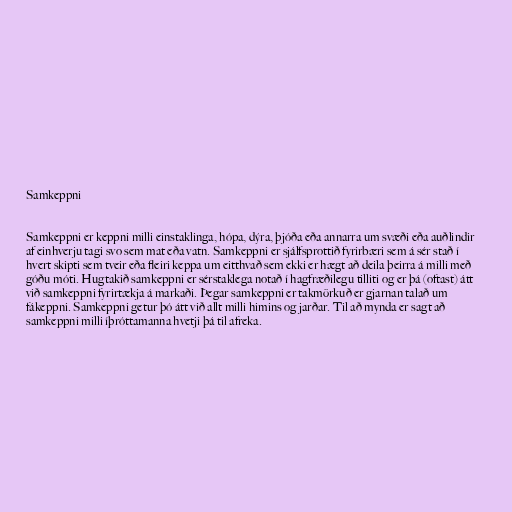
Samkeppni

Samkeppni er keppni milli einstaklinga, hópa, dýra, þjóða eða annarra um svæði eða auðlindir
af einhverju tagi svo sem mat eða vatn. Samkeppni er sjálfsprottið fyrirbæri sem á sér stað í
hvert skipti sem tveir eða fleiri keppa um eitthvað sem ekki er hægt að deila þeirra á milli með
góðu móti. Hugtakið samkeppni er sérstaklega notað í hagfræðilegu tilliti og er þá (oftast) átt
við samkeppni fyrirtækja á markaði. Þegar samkeppni er takmörkuð er gjarnan talað um
fákeppni. Samkeppni getur þó átt við allt milli himins og jarðar. Til að mynda er sagt að
samkeppni milli íþróttamanna hvetji þá til afreka.